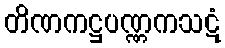
တိဏကဋ္ဌပဏ္ဏကသဋံ